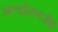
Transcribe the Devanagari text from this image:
आन्दोलनजैसे